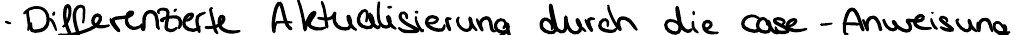
Differenzierte Aktualisierung durch die case-Anweisung